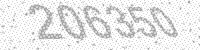
Solution: 206350